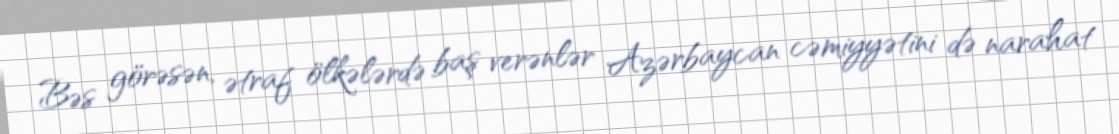
Bəs görəsən, ətraf ölkələrdə baş verənlər Azərbaycan cəmiyyətini də narahat